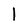
Character: l